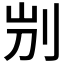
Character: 𠛕